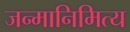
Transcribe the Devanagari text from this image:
जन्मानिमित्य